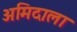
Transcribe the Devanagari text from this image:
अमिदाला